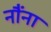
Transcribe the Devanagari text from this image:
नौंना